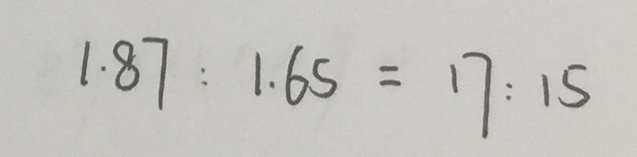
1 . 8 7 : 1 . 6 5 = 1 7 : 1 5